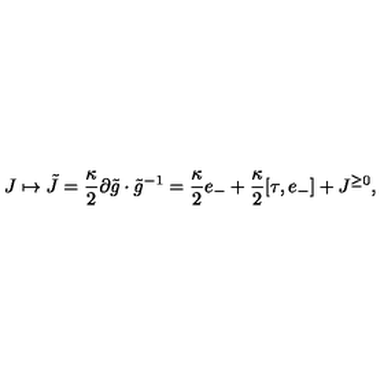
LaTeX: J \mapsto \tilde { J } = \frac { \kappa } { 2 } \partial \tilde { g } \cdot \tilde { g } ^ { - 1 } = \frac { \kappa } { 2 } e _ { - } + \frac { \kappa } { 2 } [ \tau , e _ { - } ] + J ^ { \geq 0 } ,